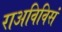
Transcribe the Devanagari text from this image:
राअविविसं